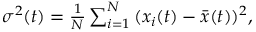
\begin{array} { r } { \sigma ^ { 2 } ( t ) = \frac { 1 } { N } \sum _ { i = 1 } ^ { N } { ( x _ { i } ( t ) - \bar { x } ( t ) ) ^ { 2 } } , } \end{array}